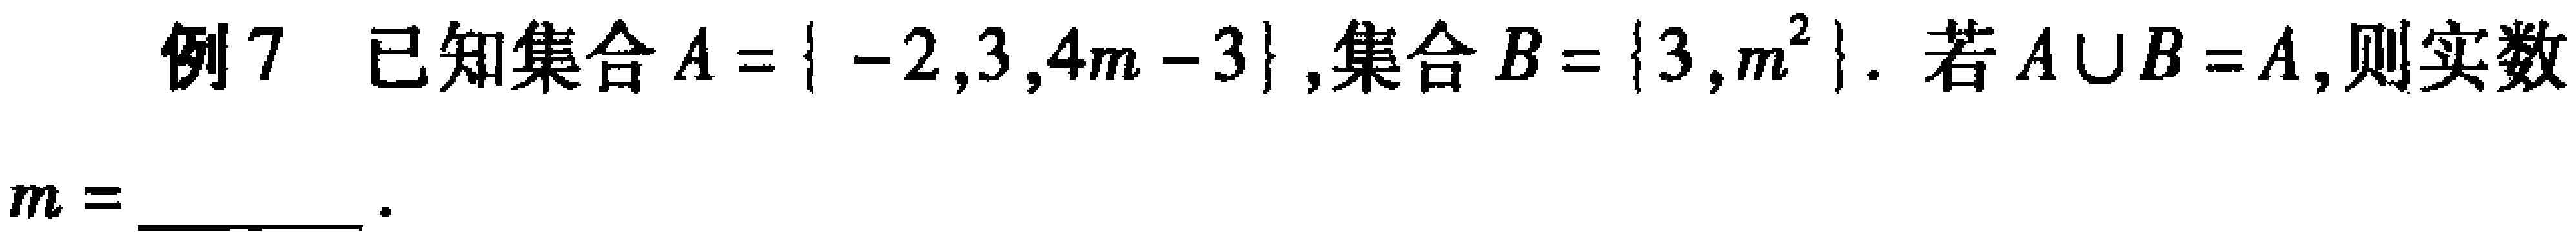
例7 已知集合\(A = \{ - 2,3,4m - 3\}\),集合\(B = \{3,m^{2}\}\). 若\(A\cup B = A\),则实数\(m=\)__________.